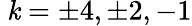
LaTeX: \ \mathit{k}=\pm4,\pm2,-1